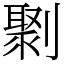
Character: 㔌